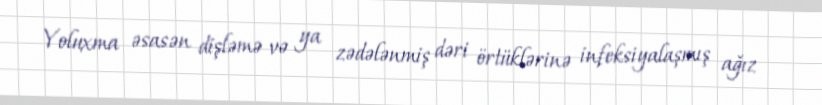
Yoluxma əsasən dişləmə və ya zədələnmiş dəri örtüklərinə infeksiyalaşmış ağız